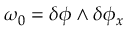
\omega _ { 0 } = \delta \phi \wedge \delta \phi _ { x }